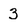
Character: 3